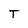
Character: T